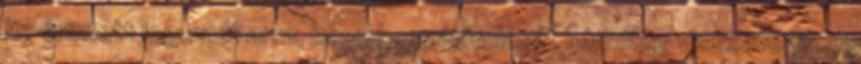
Az érintett jogosult arra, hogy hozzájárulását bármikor visszavonja. A